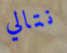
نتالي